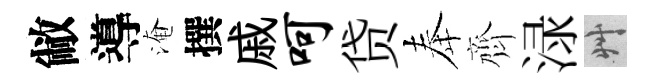
敝導淹撰戚呵贷奉齊渌艸